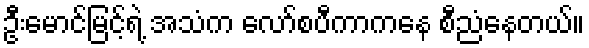
ဦးမောင်မြင့်ရဲ့ အသံက လော်စပီကာကနေ စီညံနေတယ်။